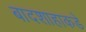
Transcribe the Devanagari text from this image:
बादशाहाकडे